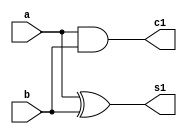
module HalfAdder(a,b,s1,c1);
input a,b; output s1,c1;
xor g1(s1,a,b);
and g2(c1,a,b);
endmodule